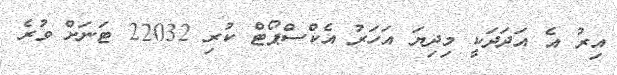
އިރު އެ އަދަދަކީ މިދިޔަ އަހަރު އެކްސްޕޯޓް ކުރި 22032 ޓަނަށް ވުރެ